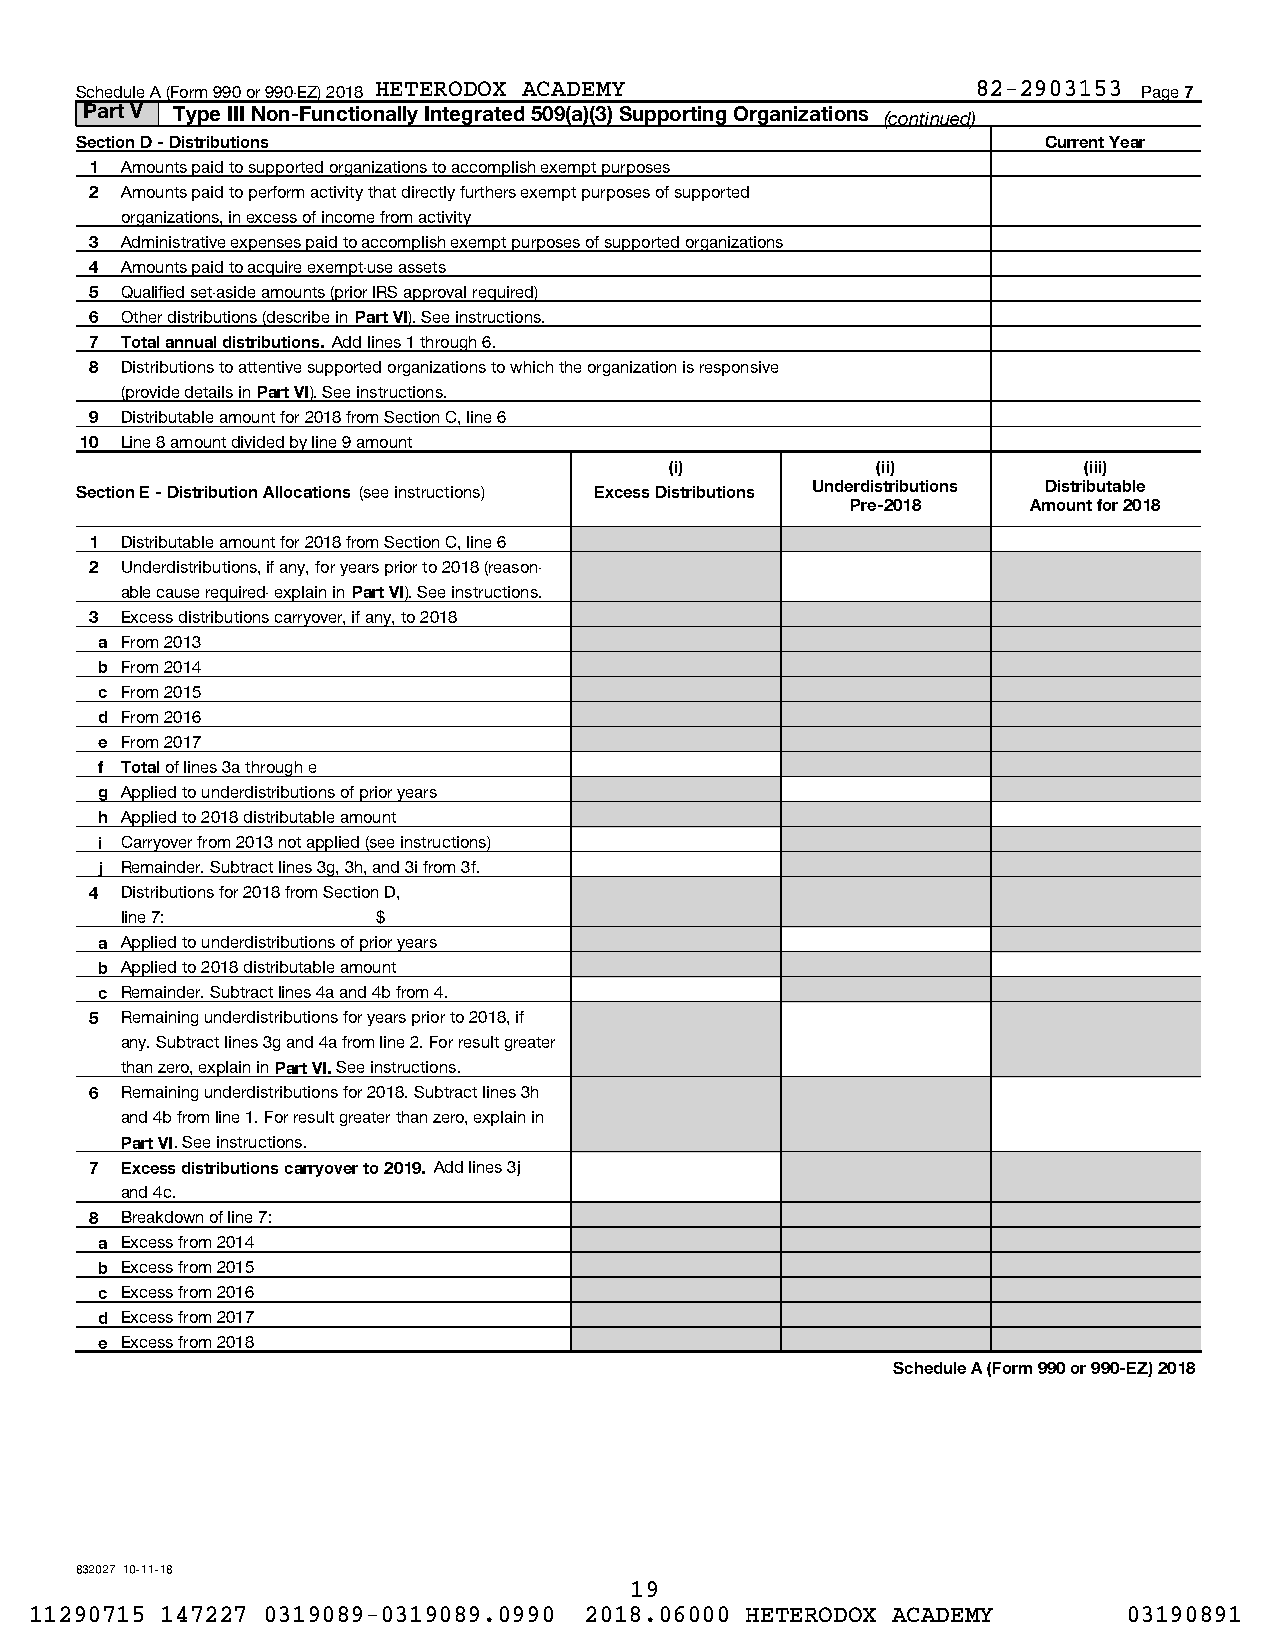
Schedule A (Form 990 or 990-EZ) 2018 HETERODOX ACADEMY      82-2903153 Page 7
 Part V Type III Non-Functionally Integrated 509(a)(3) Supporting Organizations (continued)
 Section D - Distributions                                       Current Year
 1 Amounts paid to supported organizations to accomplish exempt purposes
 2 Amounts paid to perform activity that directly furthers exempt purposes of supported
 organizations, in excess of income from activity
 3 Administrative expenses paid to accomplish exempt purposes of supported organizations
 4 Amounts paid to acquire exempt-use assets
 5 Qualified set-aside amounts (prior IRS approval required)
 6 Other distributions (describe in Part VI). See instructions.
 7 Total annual distributions. Add lines 1 through 6.
 8 Distributions to attentive supported organizations to which the organization is responsive
 (provide details in Part VI). See instructions.
 9 Distributable amount for 2018 from Section C, line 6
 10 Line 8 amount divided by line 9 amount
 (i)           (ii)          (iii)
 Section E - Distribution Allocations (see instructions) Excess Distributions Underdistributions Distributable
 Pre-2018    Amount for 2018
 1 Distributable amount for 2018 from Section C, line 6
 2 Underdistributions, if any, for years prior to 2018 (reason-
 able cause required- explain in Part VI). See instructions.
 3 Excess distributions carryover, if any, to 2018
 a From 2013
 b From 2014
 c From 2015
 d From 2016
 e From 2017
 f Total of lines 3a through e
 g Applied to underdistributions of prior years
 h Applied to 2018 distributable amount
 i Carryover from 2013 not applied (see instructions)
 j Remainder. Subtract lines 3g, 3h, and 3i from 3f.
 4 Distributions for 2018 from Section D,
 line 7:          $
 a Applied to underdistributions of prior years
 b Applied to 2018 distributable amount
 c Remainder. Subtract lines 4a and 4b from 4.
 5 Remaining underdistributions for years prior to 2018, if
 any. Subtract lines 3g and 4a from line 2. For result greater
 than zero, explain in Part VI. See instructions.
 6 Remaining underdistributions for 2018. Subtract lines 3h
 and 4b from line 1. For result greater than zero, explain in
 Part VI. See instructions.
 7 Excess distributions carryover to 2019. Add lines 3j
 and 4c.
 8 Breakdown of line 7:
 a Excess from 2014
 b Excess from 2015
 c Excess from 2016
 d Excess from 2017
 e Excess from 2018
 Schedule A (Form 990 or 990-EZ) 2018
 832027 10-11-18
 19
 11290715 147227 0319089-0319089.0990 2018.06000 HETERODOX ACADEMY        03190891